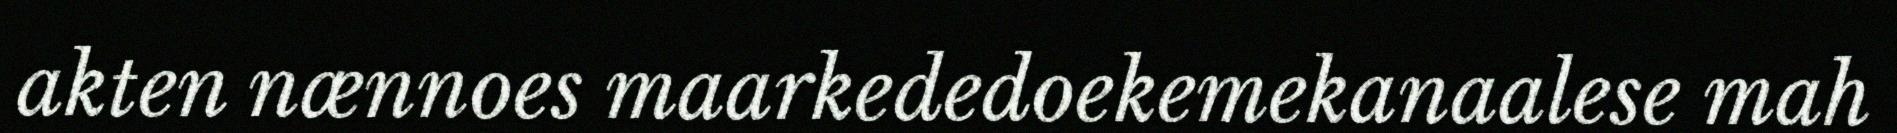
akten nænnoes maarkededoekemekanaalese mah